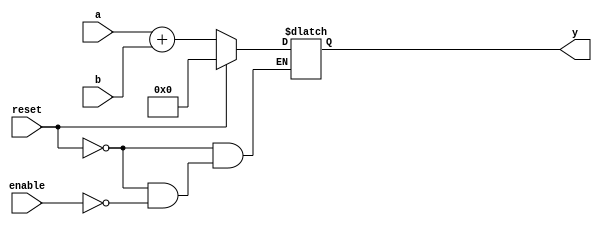
`timescale 1ns / 1ps
//////////////////////////////////////////////////////////////////////////////////
// Company: 
// Engineer: 
// 
// Design Name: 
// Module Name: adder
// Project Name: 
// Target Devices: 
// Tool Versions: 
// Description: 
// 
// Dependencies: 
// 
// Revision:
// Revision 0.01 - File Created
// Additional Comments:
// 
//////////////////////////////////////////////////////////////////////////////////


module adder(enable, reset, a, b, y);
    input reset;
    input signed [15:0] a;
    input signed [15:0] b;
    output reg [15:0] y;
    input enable;
    
    always @ (a or b or reset)
    begin
        if (reset)
            y = 0;
        else
        begin
            if (enable)
                y = a + b;
        end
    end
endmodule